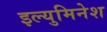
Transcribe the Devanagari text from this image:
इल्युमिनेश